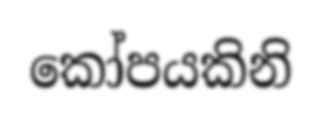
කෝපයකිනි